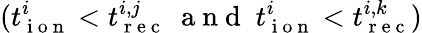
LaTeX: (t_{\mathrm{~i~o~n~}}^{i}<t_{\mathrm{~r~e~c~}}^{i,j}\; \mathrm{~a~n~d~}\; t_{\mathrm{~i~o~n~}}^{i}<t_{\mathrm{~r~e~c~}}^{i,k})